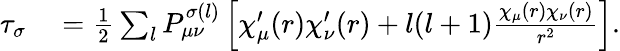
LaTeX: \begin{array}{rl}{\tau_{\sigma}}&{{}=\frac{1}{2}\sum_{l}P_{\mu\nu}^{\sigma(l)}\left[\chi_{\mu}^{\prime}(r)\chi_{\nu}^{\prime}(r)+l(l+1)\frac{\chi_{\mu}(r)\chi_{\nu}(r)}{r^{2}}\right].}\end{array}